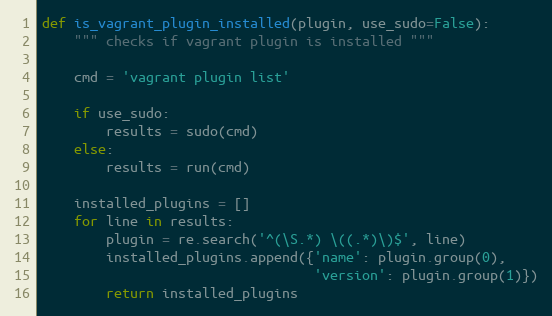
Language: Python
def is_vagrant_plugin_installed(plugin, use_sudo=False):
    """ checks if vagrant plugin is installed """

    cmd = 'vagrant plugin list'

    if use_sudo:
        results = sudo(cmd)
    else:
        results = run(cmd)

    installed_plugins = []
    for line in results:
        plugin = re.search('^(\S.*) \((.*)\)$', line)
        installed_plugins.append({'name': plugin.group(0),
                                  'version': plugin.group(1)})
        return installed_plugins